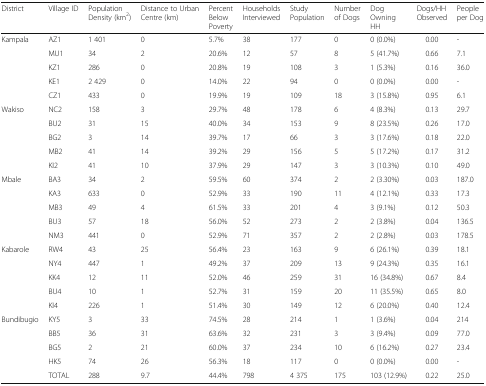
<table><thead><tr><td><b>District</b></td><td><b>Village ID</b></td><td><b>Population Density (km<sup>2</sup>)</b></td><td><b>Distance to Urban Centre (km)</b></td><td><b>Percent Below Poverty</b></td><td><b>Households Interviewed</b></td><td><b>Study Population</b></td><td><b>Number of Dogs</b></td><td><b>Dog Owning HH</b></td><td><b>Dogs/HH Observed</b></td><td><b>People per Dog</b></td></tr></thead><tbody><tr><td rowspan="5">Kampala</td><td>AZ1</td><td>1 401</td><td>0</td><td>5.7%</td><td>38</td><td>177</td><td>0</td><td>0 (0.0%)</td><td>0.00</td><td>-</td></tr><tr><td>MU1</td><td>34</td><td>2</td><td>20.6%</td><td>12</td><td>57</td><td>8</td><td>5 (41.7%)</td><td>0.66</td><td>7.1</td></tr><tr><td>KZ1</td><td>286</td><td>0</td><td>20.8%</td><td>19</td><td>108</td><td>3</td><td>1 (5.3%)</td><td>0.16</td><td>36.0</td></tr><tr><td>KE1</td><td>2 429</td><td>0</td><td>14.0%</td><td>22</td><td>94</td><td>0</td><td>0 (0.0%)</td><td>0.00</td><td>-</td></tr><tr><td>CZ1</td><td>433</td><td>0</td><td>19.9%</td><td>19</td><td>109</td><td>18</td><td>3 (15.8%)</td><td>0.95</td><td>6.1</td></tr><tr><td rowspan="5">Wakiso</td><td>NC2</td><td>158</td><td>3</td><td>29.7%</td><td>48</td><td>178</td><td>6</td><td>4 (8.3%)</td><td>0.13</td><td>29.7</td></tr><tr><td>BU2</td><td>31</td><td>15</td><td>40.0%</td><td>34</td><td>153</td><td>9</td><td>8 (23.5%)</td><td>0.26</td><td>17.0</td></tr><tr><td>BG2</td><td>3</td><td>14</td><td>39.7%</td><td>17</td><td>66</td><td>3</td><td>3 (17.6%)</td><td>0.18</td><td>22.0</td></tr><tr><td>MB2</td><td>41</td><td>14</td><td>39.2%</td><td>29</td><td>156</td><td>5</td><td>5 (17.2%)</td><td>0.17</td><td>31.2</td></tr><tr><td>KI2</td><td>41</td><td>10</td><td>37.9%</td><td>29</td><td>147</td><td>3</td><td>3 (10.3%)</td><td>0.10</td><td>49.0</td></tr><tr><td rowspan="5">Mbale</td><td>BA3</td><td>34</td><td>2</td><td>59.5%</td><td>60</td><td>374</td><td>2</td><td>2 (3.30%)</td><td>0.03</td><td>187.0</td></tr><tr><td>KA3</td><td>633</td><td>0</td><td>52.9%</td><td>33</td><td>190</td><td>11</td><td>4 (12.1%)</td><td>0.33</td><td>17.3</td></tr><tr><td>MB3</td><td>49</td><td>4</td><td>61.5%</td><td>33</td><td>201</td><td>4</td><td>3 (9.1%)</td><td>0.12</td><td>50.3</td></tr><tr><td>BU3</td><td>57</td><td>18</td><td>56.0%</td><td>52</td><td>273</td><td>2</td><td>2 (3.8%)</td><td>0.04</td><td>136.5</td></tr><tr><td>NM3</td><td>441</td><td>0</td><td>52.9%</td><td>71</td><td>357</td><td>2</td><td>2 (2.8%)</td><td>0.03</td><td>178.5</td></tr><tr><td rowspan="5">Kabarole</td><td>RW4</td><td>43</td><td>25</td><td>56.4%</td><td>23</td><td>163</td><td>9</td><td>6 (26.1%)</td><td>0.39</td><td>18.1</td></tr><tr><td>NY4</td><td>447</td><td>1</td><td>49.2%</td><td>37</td><td>209</td><td>13</td><td>9 (24.3%)</td><td>0.35</td><td>16.1</td></tr><tr><td>KK4</td><td>12</td><td>11</td><td>52.0%</td><td>46</td><td>259</td><td>31</td><td>16 (34.8%)</td><td>0.67</td><td>8.4</td></tr><tr><td>BU4</td><td>10</td><td>1</td><td>52.7%</td><td>31</td><td>159</td><td>20</td><td>11 (35.5%)</td><td>0.65</td><td>8.0</td></tr><tr><td>KI4</td><td>226</td><td>1</td><td>51.4%</td><td>30</td><td>149</td><td>12</td><td>6 (20.0%)</td><td>0.40</td><td>12.4</td></tr><tr><td rowspan="4">Bundibugio</td><td>KY5</td><td>3</td><td>33</td><td>74.5%</td><td>28</td><td>214</td><td>1</td><td>1 (3.6%)</td><td>0.04</td><td>214</td></tr><tr><td>BB5</td><td>36</td><td>31</td><td>63.6%</td><td>32</td><td>231</td><td>3</td><td>3 (9.4%)</td><td>0.09</td><td>77.0</td></tr><tr><td>BG5</td><td>2</td><td>21</td><td>60.0%</td><td>37</td><td>234</td><td>10</td><td>6 (16.2%)</td><td>0.27</td><td>23.4</td></tr><tr><td>HK5</td><td>74</td><td>26</td><td>56.3%</td><td>18</td><td>117</td><td>0</td><td>0 (0.0%)</td><td>0.00</td><td>-</td></tr><tr><td></td><td>TOTAL</td><td>288</td><td>9.7</td><td>44.4%</td><td>798</td><td>4 375</td><td>175</td><td>103 (12.9%)</td><td>0.22</td><td>25.0</td></tr></tbody></table>